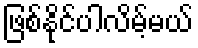
ဖြစ်နိုင်ပါလိမ့်မယ်